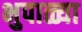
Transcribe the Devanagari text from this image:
भुपाळ्या